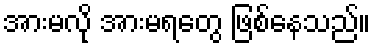
အားမလို အားမရတွေ ဖြစ်နေသည်။